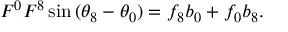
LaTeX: F ^ { 0 } F ^ { 8 } \sin { ( \theta _ { 8 } - \theta _ { 0 } ) } = f _ { 8 } b _ { 0 } + f _ { 0 } b _ { 8 } .